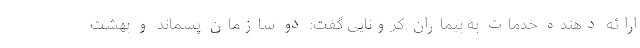
ارائه دهنده خدمات به بیماران کرونایی گفت: دو سازمان پسماند و بهشت